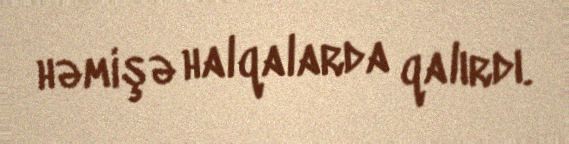
həmişə halqalarda qalırdı.